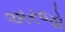
અરજો